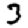
Digit: 3